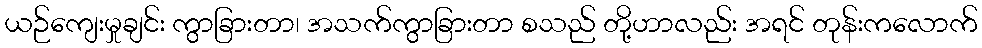
ယဉ်ကျေးမှုချင်း ကွာခြားတာ၊ အသက်ကွာခြားတာ စသည် တို့ဟာလည်း အရင် တုန်းကလောက်